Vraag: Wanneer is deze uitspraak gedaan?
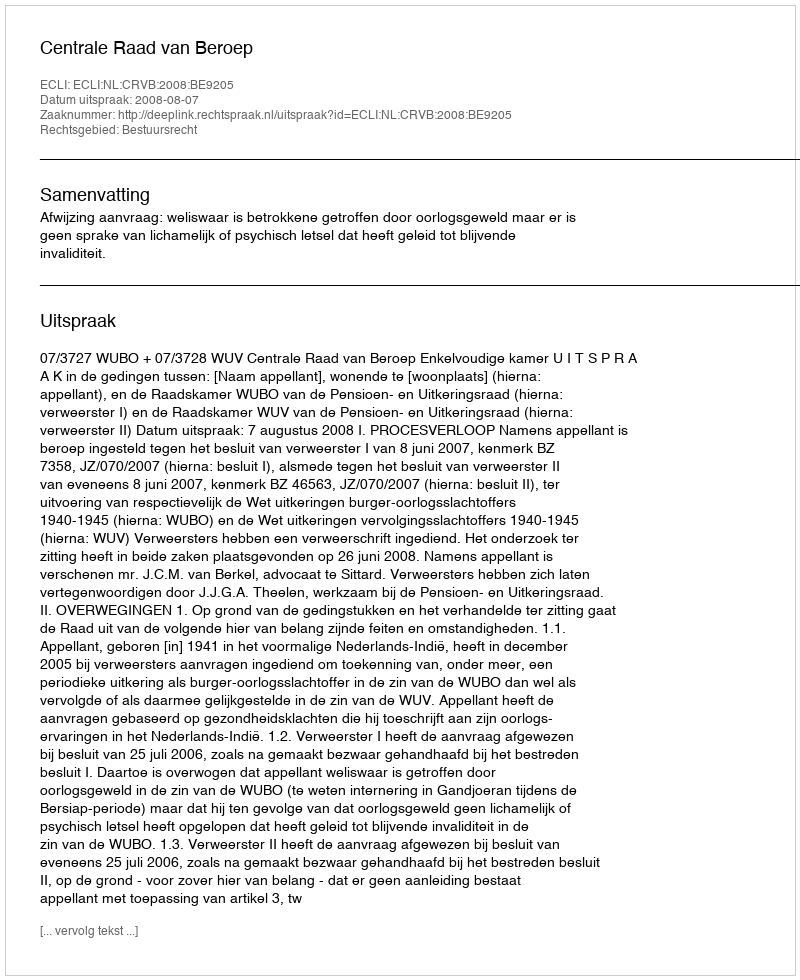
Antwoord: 2008-08-07